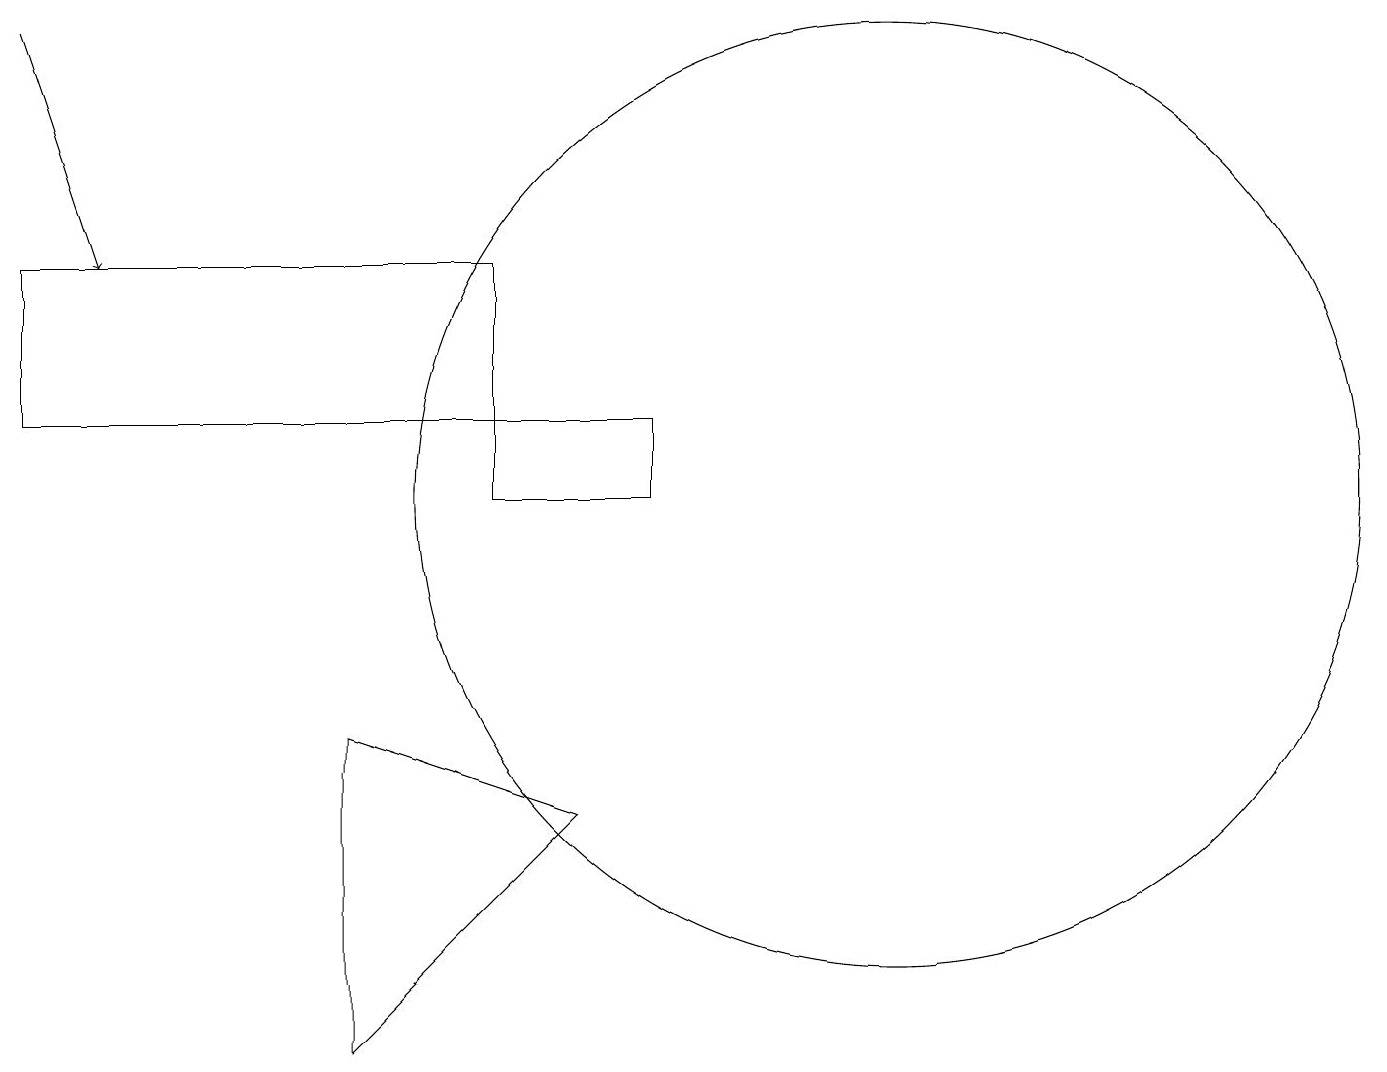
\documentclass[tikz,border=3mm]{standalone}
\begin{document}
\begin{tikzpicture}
\draw (6,12) rectangle (0,14);
\draw (4,8) -- (4,4) -- (7,7) -- cycle;
\draw (11,11) circle (6);
\draw[->] (0,17) -- (1,14);
\draw (8,12) rectangle (6,11);
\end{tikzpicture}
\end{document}